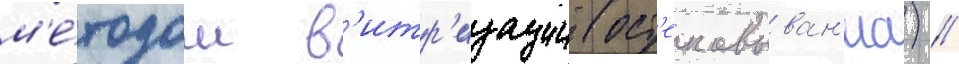
м'е́тодом в'итр'изации (ост'екловыван'иа) //